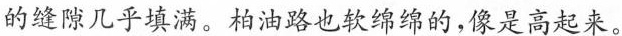
的缝隙几乎填满。柏油路也软绵绵的，像是高起来。